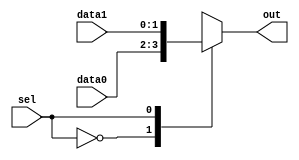
module mux_behavioral(
    input wire sel,
    input wire [1:0] data0,
    input wire [1:0] data1,
    output reg [1:0] out
);

always @(*)
begin
    case(sel)
        2'b00: out = data0; // selects data0 when sel is 00
        2'b01: out = data1; // selects data1 when sel is 01
        default: out = 2'bx; // output X when sel is not 00 or 01
    endcase
end

endmodule